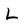
Character: L